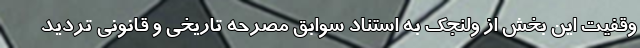
وقفیت این بخش از ولنجک به استناد سوابق مصرحه تاریخی و قانونی تردید